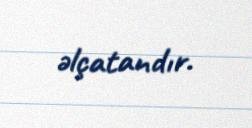
əlçatandır.